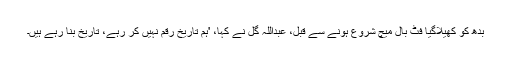
بدھ کو کھیلاگیا فٹ بال میچ شروع ہونے سے قبل، عبداللہ گُل نے کہا، 'ہم تاریخ رقم نہیں کر رہے، تاریخ بنا رہے ہیں۔